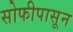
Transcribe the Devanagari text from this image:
सोफीपासून